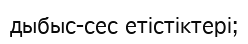
дыбыс-сес етістіктері;